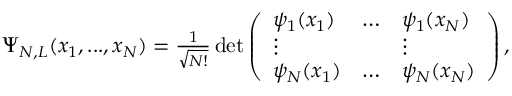
\begin{array} { r } { \Psi _ { N , L } ( x _ { 1 } , . . . , x _ { N } ) = \frac { 1 } { \sqrt { N ! } } \operatorname* { d e t } \left( \begin{array} { l l l } { \psi _ { 1 } ( x _ { 1 } ) } & { \ldots } & { \psi _ { 1 } ( x _ { N } ) } \\ { \vdots } & { } & { \vdots } \\ { \psi _ { N } ( x _ { 1 } ) } & { \ldots } & { \psi _ { N } ( x _ { N } ) } \end{array} \right) , } \end{array}